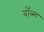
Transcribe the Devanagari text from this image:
बाँब्स